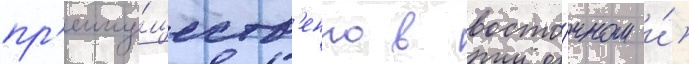
пр'еиму́ществ'енно в восто́чном и́